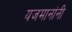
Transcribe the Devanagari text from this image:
यजमानांनी